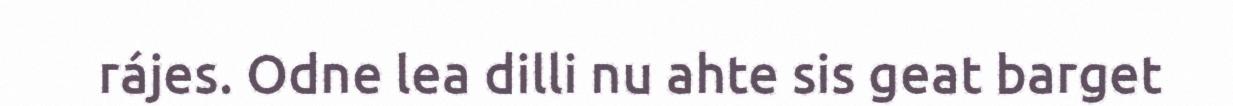
rájes. Odne lea dilli nu ahte sis geat barget